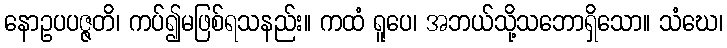
နောဥပပဇ္ဇတိ၊ ကပ်၍မဖြစ်ရသနည်း။ ကထံ ရူပေ၊ အဘယ်သို့သဘောရှိသော။ သံဃေ၊